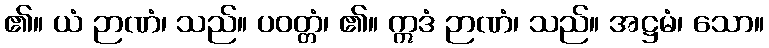
၏။ ယံ ဉာဏံ၊ သည်။ ပဝတ္တံ၊ ၏။ ဣဒံ ဉာဏံ၊ သည်။ အဋ္ဌမံ၊ သော။